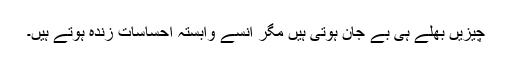
چیزیں بھلے ہی بے جان ہوتی ہیں مگر اُنسے وابستہ احساسات زندہ ہوتے ہیں۔